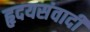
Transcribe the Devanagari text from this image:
हृदयसंवादी